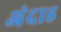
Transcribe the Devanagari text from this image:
अंदाड